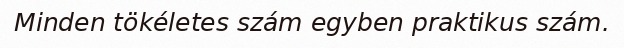
Minden tökéletes szám egyben praktikus szám.